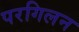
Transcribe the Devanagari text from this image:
परगिलन